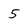
Character: 5